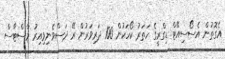
އެގޮތުން އެސޯސިއޭޓް ޑިގްރީގެ ހަތަރު ކޯހަކުން 100 ދަރިވަރުން ރޭ ދަސްވެނިވިއިރު މާސްޓާސް